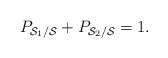
\begin{align*}P_{{\cal S}_1/{\cal S}} + P_{{\cal S}_2/{\cal S}} =1.\end{align*}